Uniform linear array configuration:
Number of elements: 64
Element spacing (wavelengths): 0.25
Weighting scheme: hann
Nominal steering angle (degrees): -60
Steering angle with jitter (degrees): -60.111
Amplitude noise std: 0.05
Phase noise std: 0.05

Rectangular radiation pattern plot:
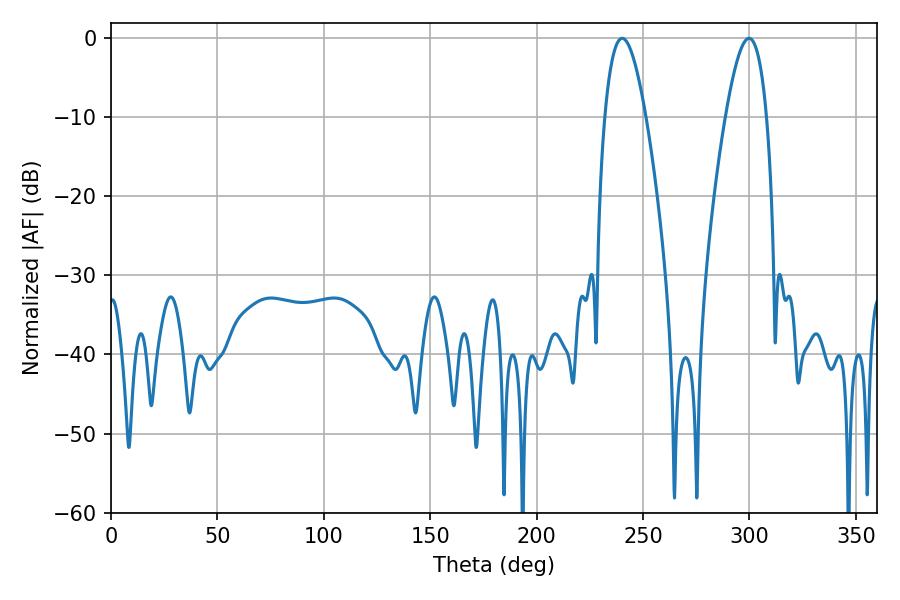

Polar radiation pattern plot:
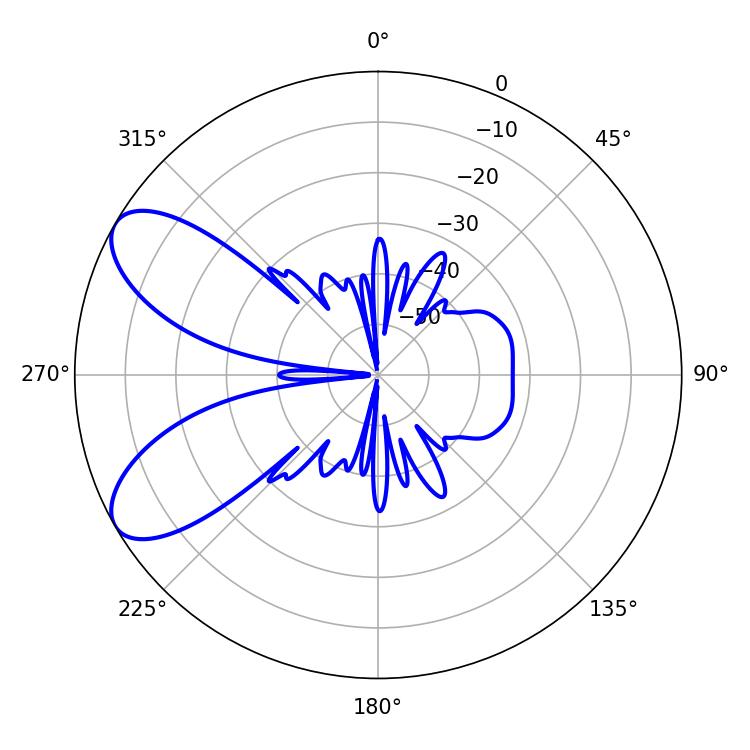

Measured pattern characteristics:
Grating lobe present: FALSE
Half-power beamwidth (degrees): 10.44
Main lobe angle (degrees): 240.12